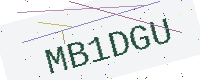
Text: MB1DGU